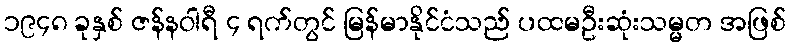
၁၉၄၈ ခုနှစ် ဇန်နဝါရီ ၄ ရက်တွင် မြန်မာနိုင်ငံသည် ပထမဦးဆုံးသမ္မတ အဖြစ်